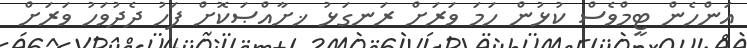
އަންހެން ޓީމްވެސް ކުޅުން ހަމަ ވަރަށް ރަނގަޅު ޚށާއްޞަކޮށް ފަހު ދެދުވަހު ވަރަށް